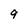
Character: 9